Punjab Mental Hospital Lahore 1932-46 - 1932-1946
Year: 1932
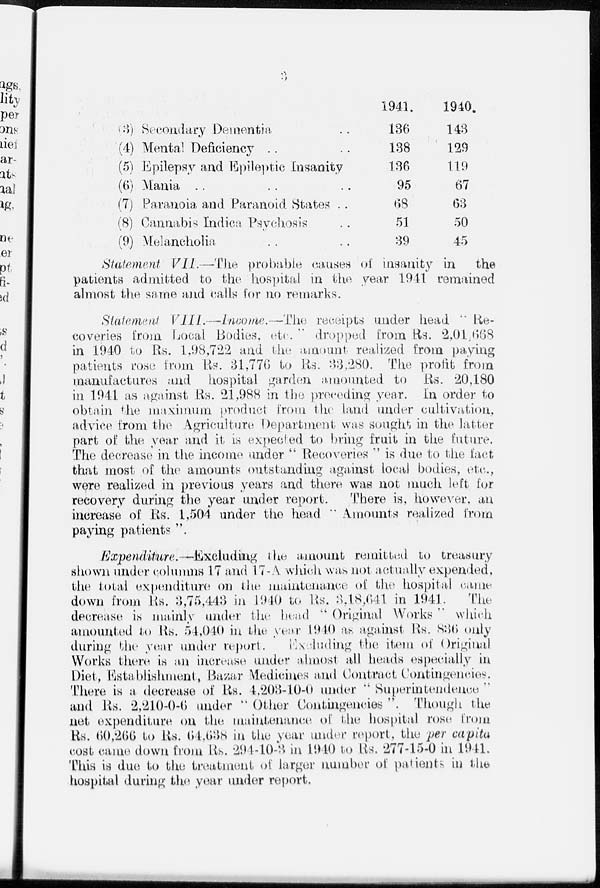
(3) Secondary Dementia ..
(4) Mental Deficiency .. ..
(5) Epilepsy and Epileptic Insanity
(6) Mania .. .. ..
(7) Paranoia and Paranoid States ..
(8) Cannabis Indica Psychosis ..
(9) Melancholia .. ..
1941.
136
138
136
95
68
51
39
1940.
143
129
119
67
63
50
45
Statement VII.—The
probable causes of insanity in
the
patients admitted to the hospital in the year 1941 remained
almost the same and calls for no remarks.
Statement VIII.—Income.—The
receipts under head "Re-
coveries from Local Bodies, etc. "dropped from Us. 2,01,668
in 1940 to Rs. 1,98,722 and the amount realized from paying
patients rose from lis. 31,776 to Rs. 33.280. The profit from
manufactures and hospital garden amounted to Rs. 20,180
in 1941 as against lis. 21,988 in the preceding year. In order to
obtain the maximum product from the land under cultivation,
advice from the Agriculture Department was sought in the latter
part of the year and it is expected to bring fruit in the future.
The decrease in the income under "Recoveries" is due to the fact
that most of the amounts outstanding against local bodies, etc.,
were realized in previous years and there was not much left for
recovery during the year under report.
There is, however, an
increase of lis. 1,504 under the head " Amounts realized from
paying patients".
Expenditure.—Excluding
the amount remitted to treasury
shown under columns 17 and 17-A. which was not actually expended,
the total expenditure on the maintenance of the hospital came
down from Rs. 3,75443 in 1940 to Rs. 3,18,641 in 1941.
The
decrease is mainly under the head "Original Works" which
amounted to Us. 54,040 in the year 1940 as against Rs. 836 only
during the year under report. Excluding the item of Original
Works there is an increase under almost all heads especially in
Diet, Establishment, Bazar Medicines and Contract Contingencies.
There is a decrease of lis. 4,203-10-0 under "Superintendence
and lis. 2,210-04) under "Other Contingencies". Though the
net expenditure on the maintenance of the hospital rose from
Rs. 60,266 to Rs. 64,638 in the year under report, the per capita
cost came down from Rs. 294-10-3 in 1940 to Rs. 277-15-0 in 1941
This is due to the treatment of larger number of patients in the
hospital during the year under report.